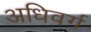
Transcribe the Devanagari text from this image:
अधिवर्ग